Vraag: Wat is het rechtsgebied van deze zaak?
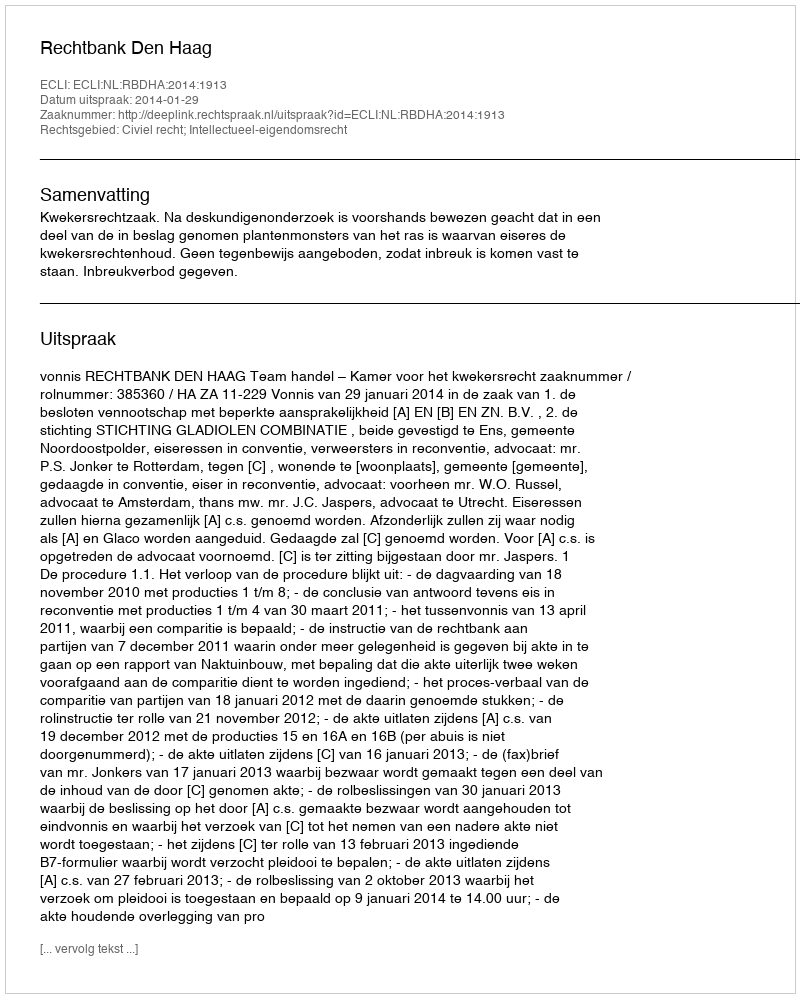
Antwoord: Civiel recht; Intellectueel-eigendomsrecht